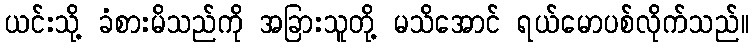
ယင်းသို့ ခံစားမိသည်ကို အခြားသူတို့ မသိအောင် ရယ်မောပစ်လိုက်သည်။